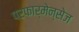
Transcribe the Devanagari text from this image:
परफार्मेन्सेज